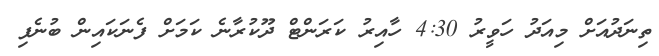
ތިނަދުއަށް މިއަދު ހަވީރު 4:30 ހާއިރު ކަރަންޓް ދޫކުރާނެ ކަމަށް ފެނަކައިން ބުނެފި